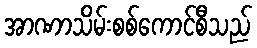
အာဏာသိမ်းစစ်ကောင်စီသည်